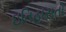
ઇતિહાસતો